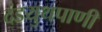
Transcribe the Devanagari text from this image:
दंडयुथपाणी